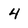
Character: 4